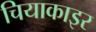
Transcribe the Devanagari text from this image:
चियाकाइर